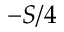
- S / 4